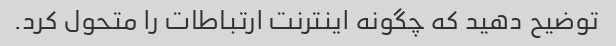
توضیح دهید که چگونه اینترنت ارتباطات را متحول کرد.